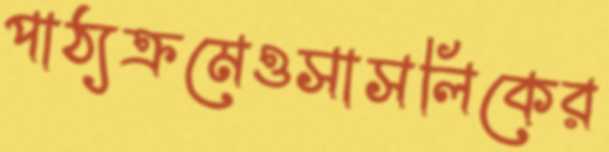
পাঠ্যক্রমেওসাসলিকের